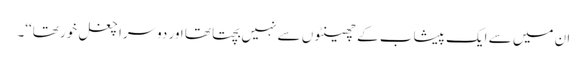
ان میں سے ایک پیشاب کے چھینٹوں سے نہیں بچتا تھا اور دوسرا چغل خور تھا‘‘۔